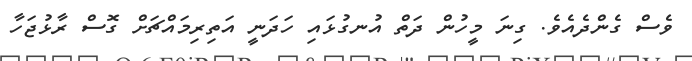
ވެސް ގެންދެއެވެ. ގިނަ މީހުން ދަތް އުނގުޅައި ހަދަނީ އަތިރިމައްޗަށް ގޮސް ރާޅުޖަހާ